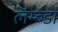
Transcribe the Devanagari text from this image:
लॅम्ब्डा